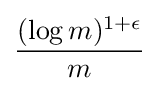
{\frac {(\log m)^{1+\epsilon }}{m}}